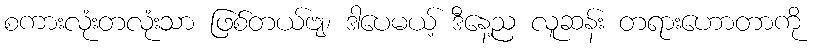
စကားလုံးတလုံးသာ ဖြစ်တယ်ဗျ၊ ဒါပေမယ့် ဒီနေ့ည လူဆန်း တရားဟောတာကို